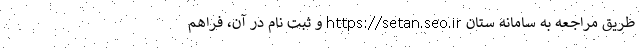
طریق مراجعه به سامانه ستان https://setan.seo.ir و ثبت نام در آن، فراهم